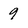
Character: 9